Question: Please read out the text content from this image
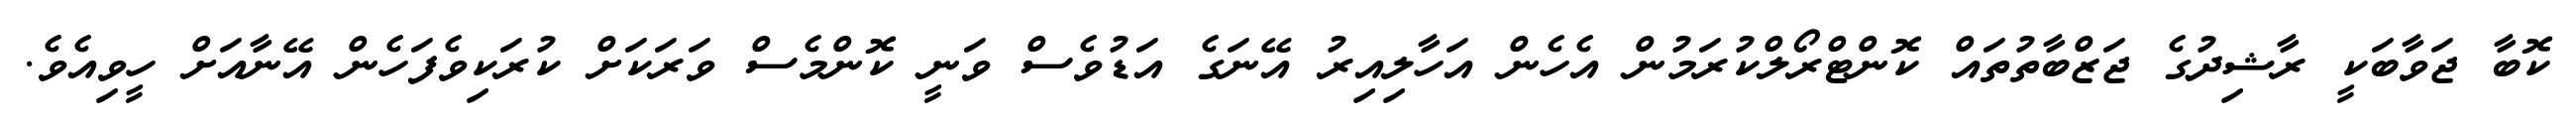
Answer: ކޮބާ ޖަވާބަކީ ރާޝިދުގެ ޖަޒްބާތުތައް ކޮންޓްރޯލްކުރަމުން އެހެން އަހާލިއިރު އޭނަގެ އަޑުވެސް ވަނީ ކޮންމެސް ވަރަކަށް ކުރަކިވެފަހެން އޭނާއަށް ހީވިއެވެ.